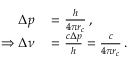
\begin{array} { r l } { \Delta p } & { { } = \frac { h } { 4 \pi r _ { c } } \, , } \\ { \Rightarrow \Delta \nu } & { { } = \frac { c \Delta p } { h } = \frac { c } { 4 \pi r _ { c } } \, . } \end{array}